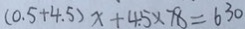
( 0 . 5 + 4 . 5 ) x + 4 . 5 \times 7 8 = 6 3 0